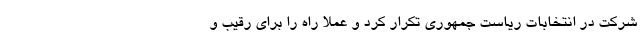
شرکت در انتخابات ریاست جمهوری تکرار کرد و عملا راه را برای رقیب و